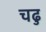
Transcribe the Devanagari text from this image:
चढु